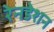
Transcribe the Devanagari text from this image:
रेनडेशन